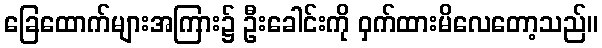
ခြေထောက်များအကြား၌ ဦးခေါင်းကို ဝှက်ထားမိလေတော့သည်။